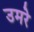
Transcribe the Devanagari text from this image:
उमरे